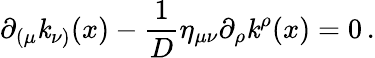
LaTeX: \partial_{(\mu}\mathit{k}_{\nu)}(x)-\frac{1}{D}\eta_{\mu\nu}\partial_{\rho}\mathit{k}^{\rho}(x)=0\, .